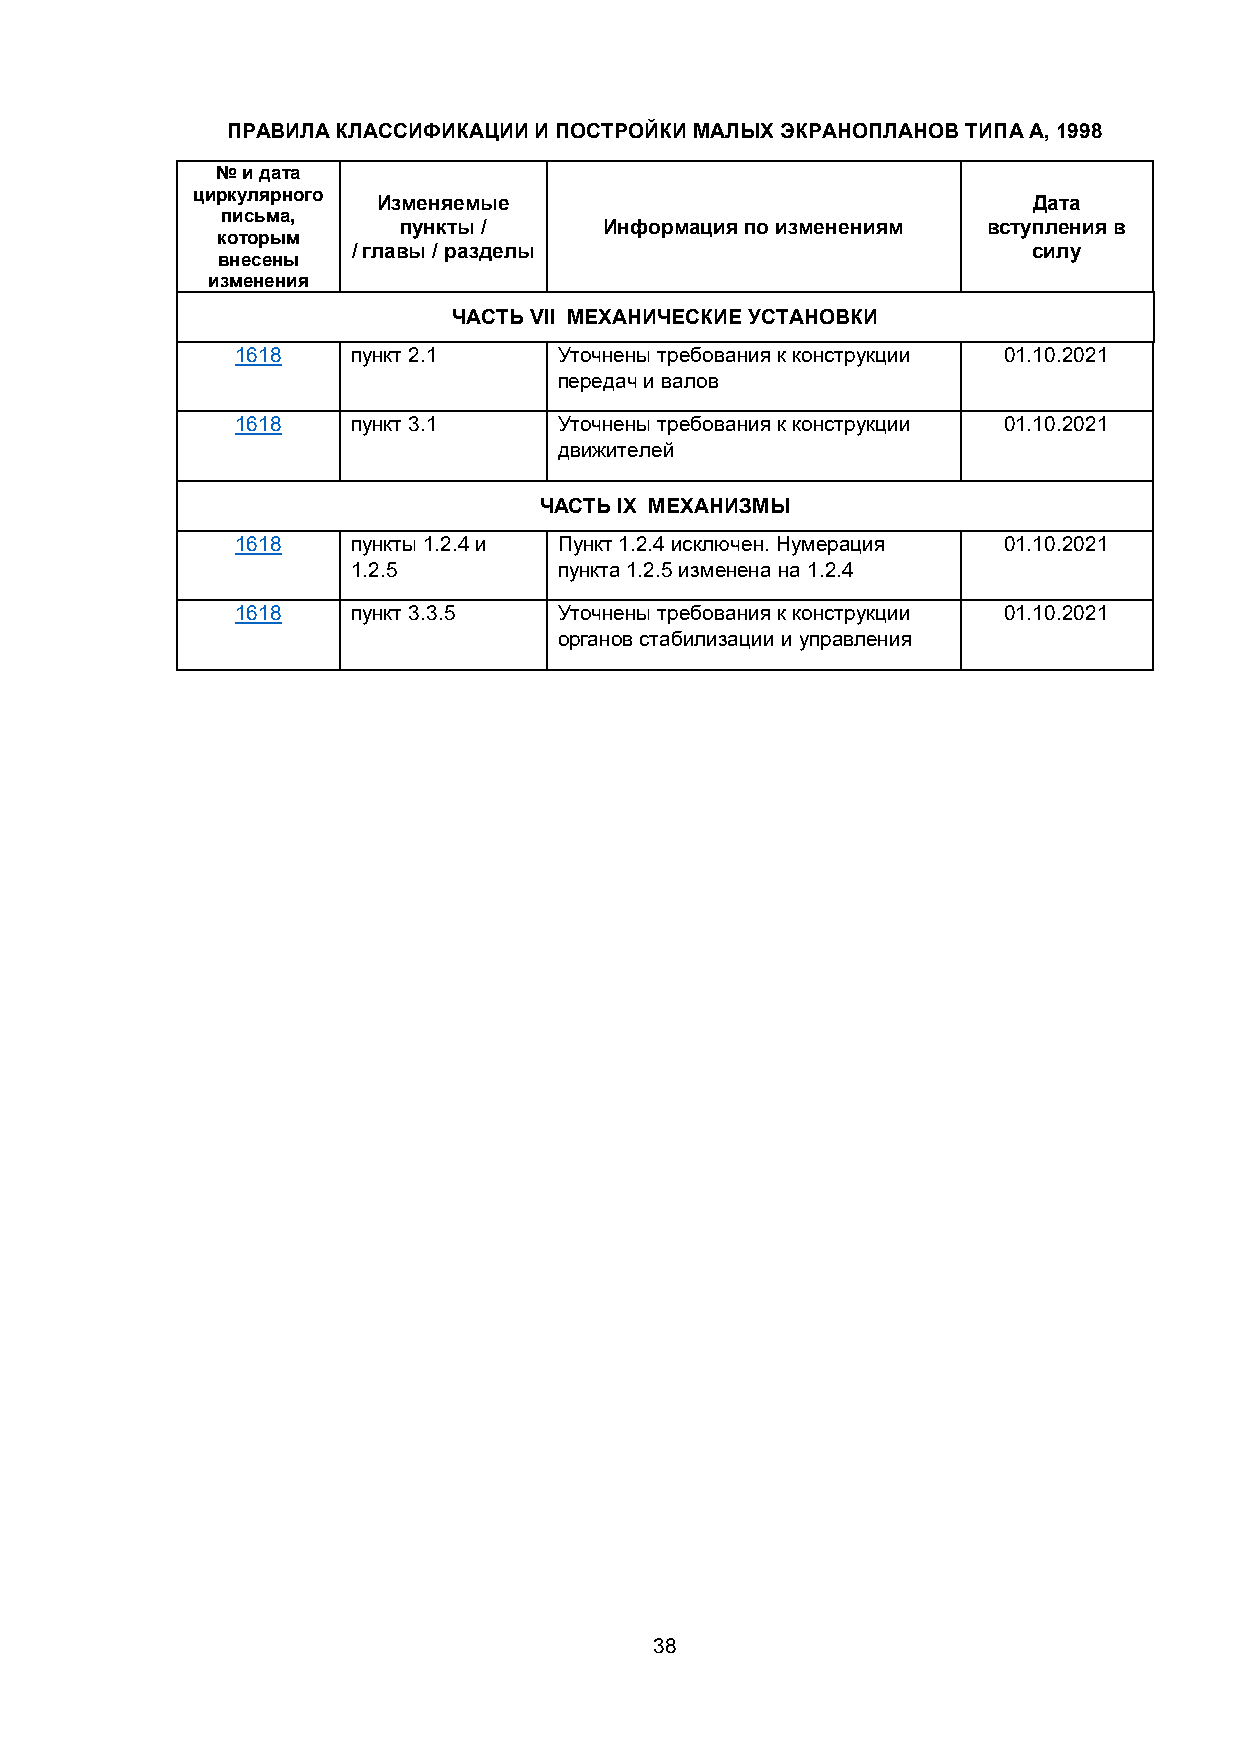
ПРАВИЛА КЛАССИФИКАЦИИ И ПОСТРОЙКИ МАЛЫХ ЭКРАНОПЛАНОВ ТИПА А, 1998
 № и дата
 циркулярного
 Изменяемые                                 Дата
 письма,
 пункты /      Информация по изменениям вступления в
 которым
 / главы / разделы                            силу
 внесены
 изменения
 ЧАСТЬ VII МЕХАНИЧЕСКИЕ УСТАНОВКИ
 1618   пункт 2.1     Уточнены требования к конструкции 01.10.2021
 передач и валов
 1618   пункт 3.1     Уточнены требования к конструкции 01.10.2021
 движителей
 ЧАСТЬ IX МЕХАНИЗМЫ
 1618   пункты 1.2.4 и Пункт 1.2.4 исключен. Нумерация 01.10.2021
 1.2.5         пункта 1.2.5 изменена на 1.2.4
 1618   пункт 3.3.5   Уточнены требования к конструкции 01.10.2021
 органов стабилизации и управления
 38